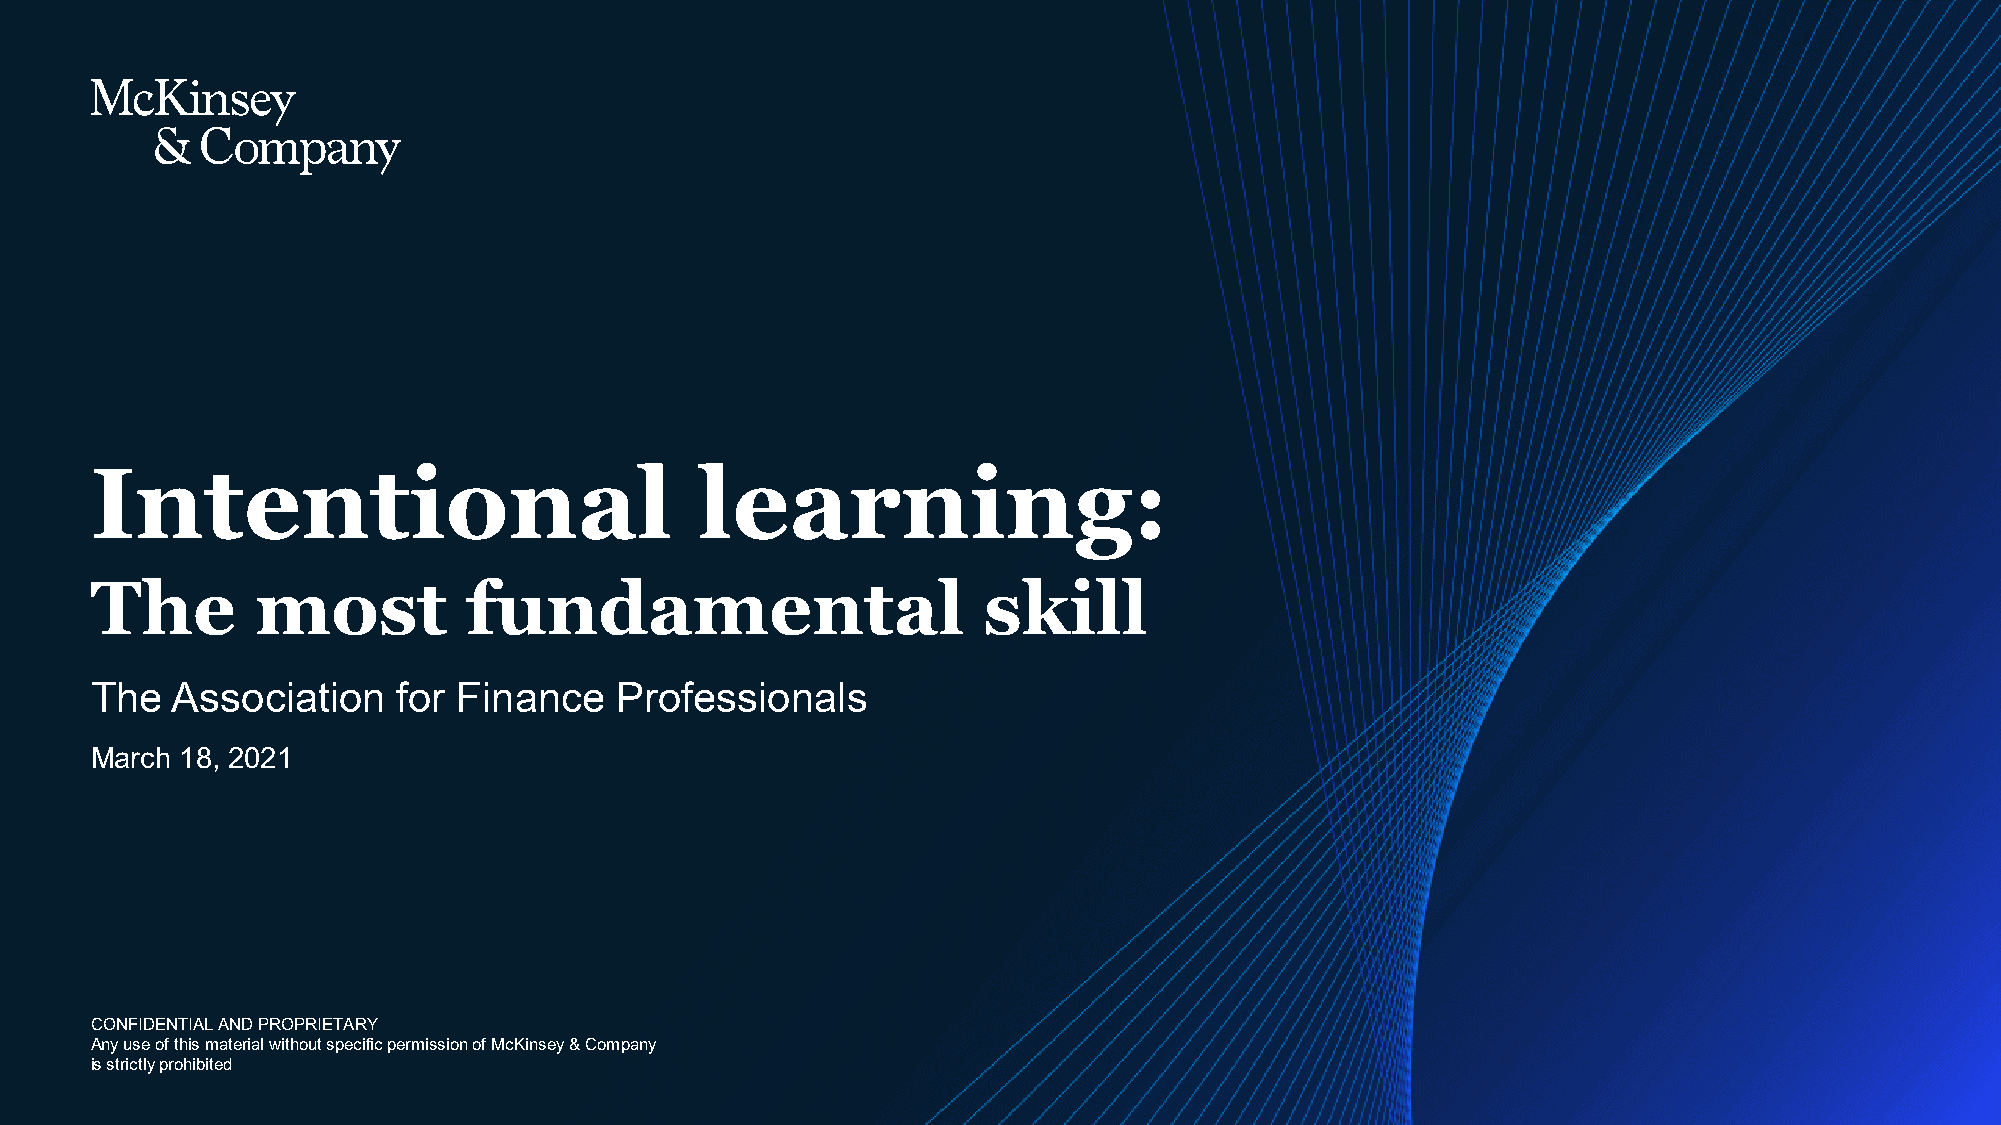
Intentional                             learning:
 The        most          fundamental                       skill
 The  Association    for Finance    Professionals
 March 18, 2021
 CONFIDENTIAL AND PROPRIETARY
 Any use of this material without specific permission of McKinsey & Company
 is strictly prohibited